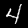
Digit: 4